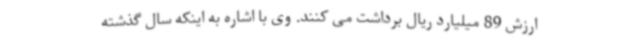
ارزش 89 میلیارد ریال برداشت می کنند. وی با اشاره به اینکه سال گذشته